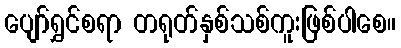
ပျော်ရွှင်စရာ တရုတ်နှစ်သစ်ကူးဖြစ်ပါစေ။